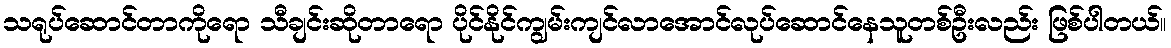
သရုပ်ဆောင်တာကိုရော သီချင်းဆိုတာရော ပိုင်နိုင်ကျွမ်းကျင်လာအောင်လုပ်ဆောင်နေသူတစ်ဦးလည်း ဖြစ်ပါတယ်။